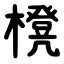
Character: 櫈